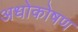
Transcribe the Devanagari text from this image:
अधोकोषण